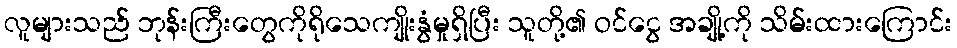
လူများသည် ဘုန်းကြီးတွေကိုရိုသေကျိုးနွံမှုရှိပြီး သူတို့၏ ဝင်ငွေ အချို့ကို သိမ်းထားကြောင်း